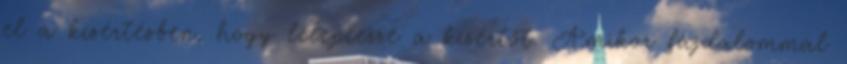
el a kísértésben, hogy leleplezze a kísértőt. Amikor fájdalommal